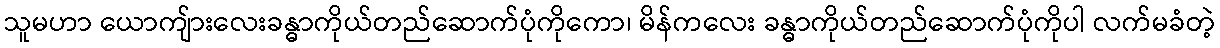
သူမဟာ ယောကျ်ားလေးခန္ဓာကိုယ်တည်ဆောက်ပုံကိုကော၊ မိန်ကလေး ခန္ဓာကိုယ်တည်ဆောက်ပုံကိုပါ လက်မခံတဲ့